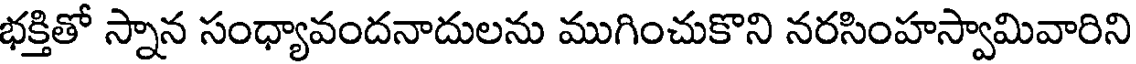
భక్తితో స్నాన సంధ్యావందనాదులను ముగించుకొని నరసింహస్వామివారిని